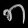
Digit: ၈